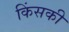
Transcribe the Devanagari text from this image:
किंसकी